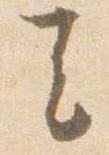
去